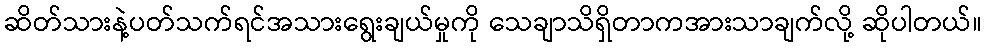
ဆိတ်သားနဲ့ပတ်သက်ရင်အသားရွေးချယ်မှုကို သေချာသိရှိတာကအားသာချက်လို့ ဆိုပါတယ်။